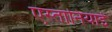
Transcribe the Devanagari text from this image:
एस्तानियाई